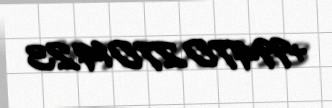
+994702701423